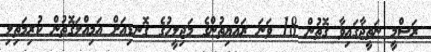
ރަސްމީ ނަތީޖާގައިވާ ގޮތުން 18 ވަނަ ރައްޔިތުންގެ މަޖިލީހުގެ ގޮނޑިއަށް އަމިއްލަގޮތުން ކުރިމަތިލި